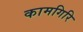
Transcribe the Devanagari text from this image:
कामगिरि